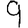
Digit: 9